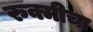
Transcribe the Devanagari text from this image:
रुक्मीचा